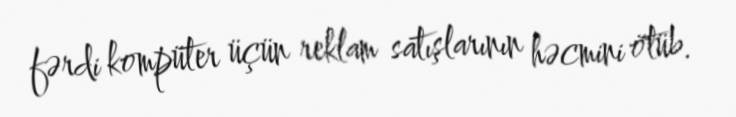
fərdi kompüter üçün reklam satışlarının həcmini ötüb.